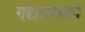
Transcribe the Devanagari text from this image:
गद्यात्‍मको